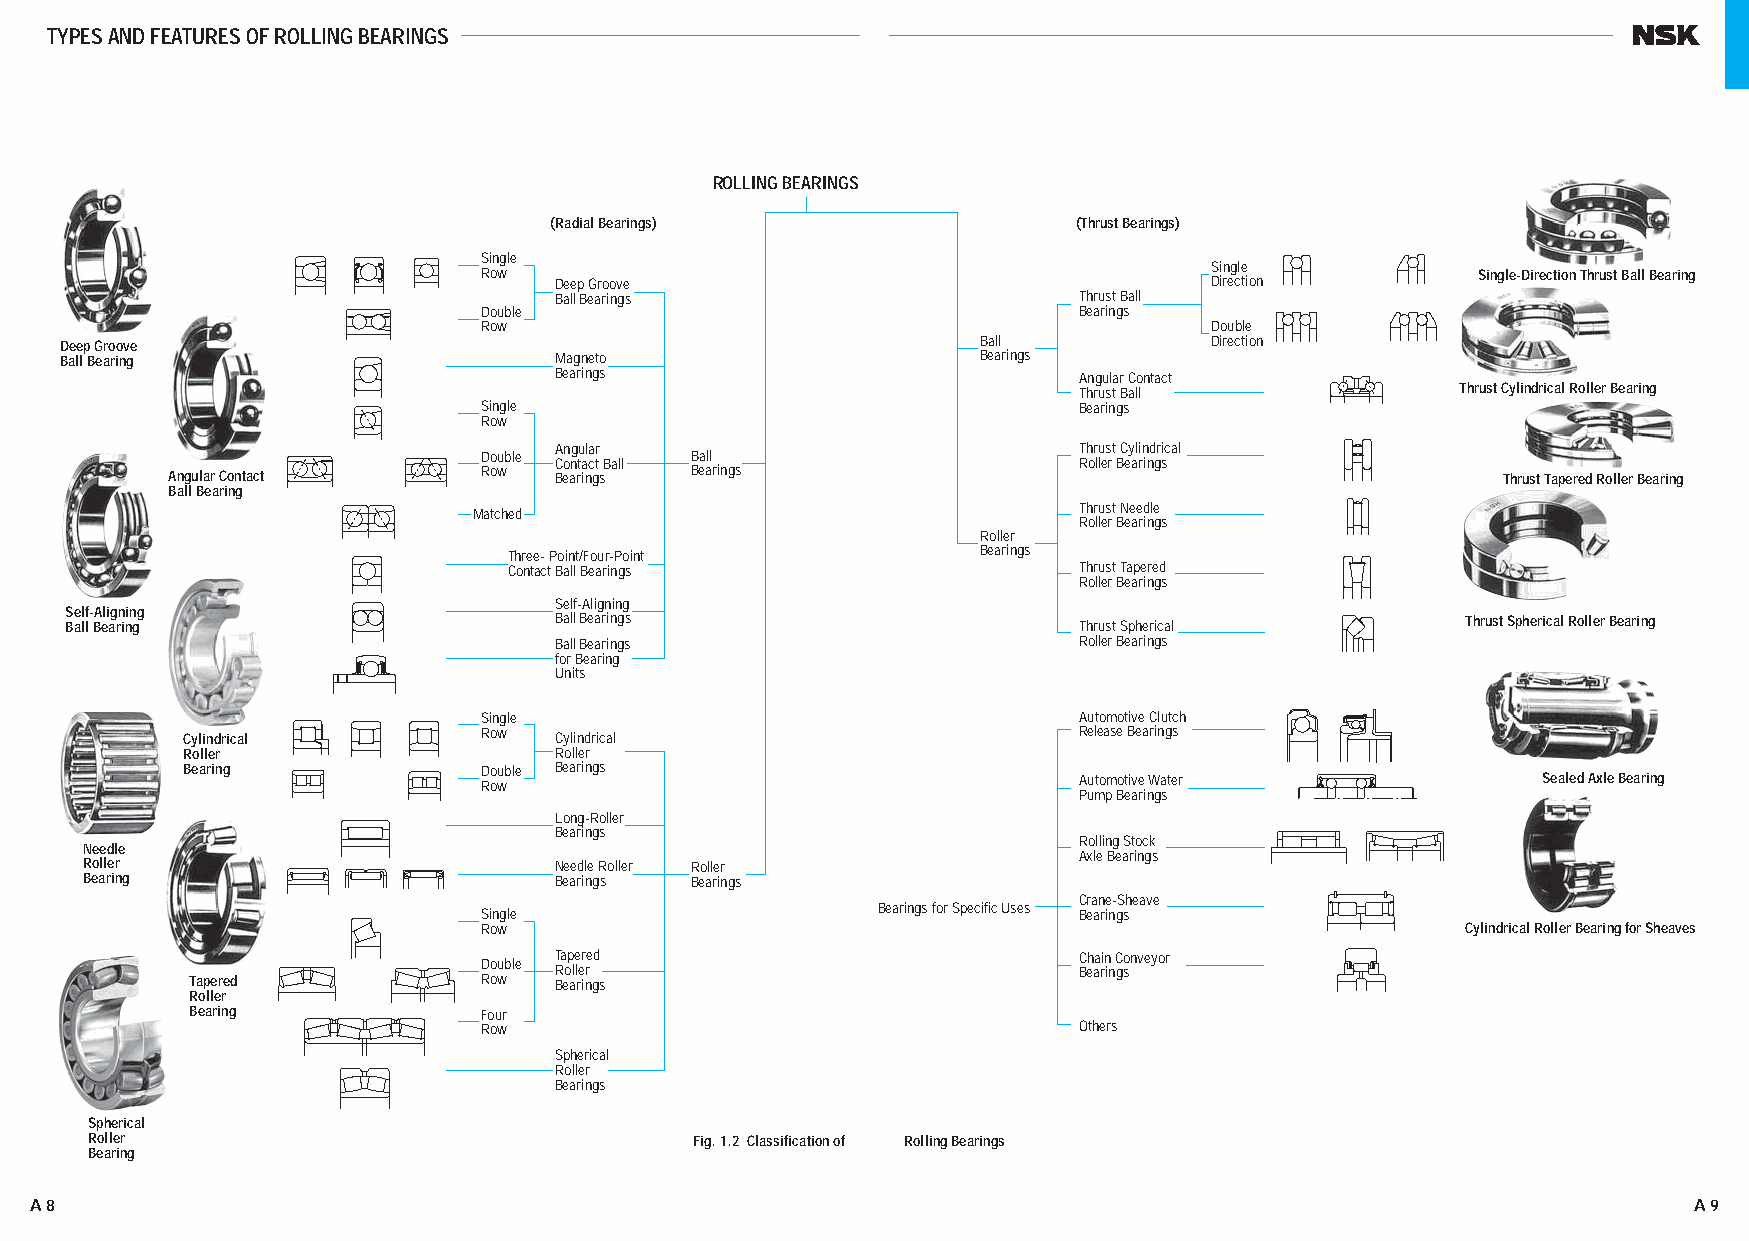
TYPES AND FEATURES OF ROLLING BEARINGS
 ROLLING BEARINGS
 (Radial Bearings)                  (Thrust Bearings)
 Single
 Single
 Row  Deep Groove                                Direction         Single-Direction Thrust Ball Bearing
 Ball Bearings                     Thrust Ball
 Double                                 Bearings
 Row                                             Double
 Deep Groove                                                  Ball           Direction
 Ball Bearing                     Magneto                     Bearings
 Bearings                          Angular Contact
 Thrust Ball               Thrust Cylindrical Roller Bearing
 Single                                 Bearings
 Row
 Angular                           Thrust Cylindrical
 Double        Ball
 Contact Ball                      Roller Bearings
 Angular Contact      Row  Bearings Bearings                                              Thrust Tapered Roller Bearing
 Ball Bearing
 Matched                                 Thrust Needle
 Roller Bearings
 Roller
 Three- Point/Four-Point        Bearings
 Contact Ball Bearings                Thrust Tapered
 Roller Bearings
 Self-Aligning
 S Be al lf l- BA eli ag rn inin gg Ball Bearings                   Thrust Spherical          Thrust Spherical Roller Bearing
 Ball Bearings                     Roller Bearings
 for Bearing
 Units
 Single                                 Automotive Clutch
 Cylindrical         Row  Cylindrical                       Release Bearings
 Roller                   Roller
 Bearing             Double Bearings
 Row                                    Automotive Water               Sealed Axle Bearing
 Pump Bearings
 Long-Roller
 Bearings
 Rolling Stock
 Needle
 Axle Bearings
 Roller                         Needle Roller Roller
 Bearing                        Bearings Bearings
 Crane-Sheave
 Bearings for Specific Uses
 Single                                 Bearings
 Row                                                              Cylindrical Roller Bearing for Sheaves
 Tapered                           Chain Conveyor
 Double Roller                          Bearings
 Tapered            Row  Bearings
 Roller
 Bearing            Four
 Row                                    Others
 Spherical
 Roller
 Bearings
 Spherical
 Roller                                  Fig. 1.2 Classification of Rolling Bearings
 Bearing
 A 8                                                                                                           A 9
 AA000077--002233EE..iinndddd 88--99                                                                      1111//2200//1133 44::4499::2266 PPMM